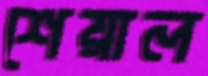
শেয়াল